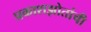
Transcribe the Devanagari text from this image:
प्रकाशझोतांची